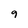
Character: 9